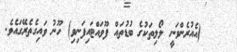
٤٢    (އެއުރެންވަނީ ލޯލިތަކުގެ ބުޑުތައް ފޫވައްޓައިފަނިވި) ހޫނު ވައިގެތެރޭގައެވެ.